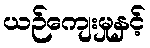
ယဉ်ကျေးမှုနှင့်